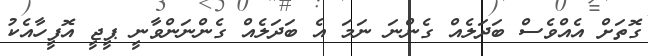
ގޮތަށް އެއްވެސް ބަދަލެއް ގެންނަ ނަމަ އެ ބަދަލެއް ގެންނަންވާނީ ޕީޖީ އޮފީހާއެކު